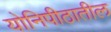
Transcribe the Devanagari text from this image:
योनिपीठातील